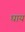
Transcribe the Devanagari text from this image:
घाय